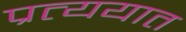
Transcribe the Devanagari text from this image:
प्रत्ययात